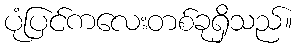
ပုံပြင်ကလေးတစ်ခုရှိသည်။